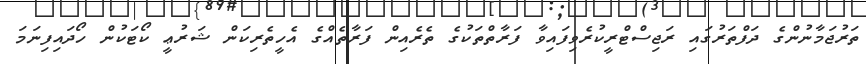
ތަރުޖަމާނުންގެ ދަފްތަރުގައި ރަޖިސްޓްރީކުރެވިފައިވާ ފަރާތްތަކުގެ ތެރެއިން ފަރާތެއްގެ އެހީތެރިކަން ޝަރުޢީ ކޯޓަކުން ހޯދައިފިނަމަ